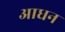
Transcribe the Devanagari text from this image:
आधन